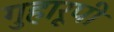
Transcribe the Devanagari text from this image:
गुहारूपी